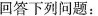
回答下列问题。